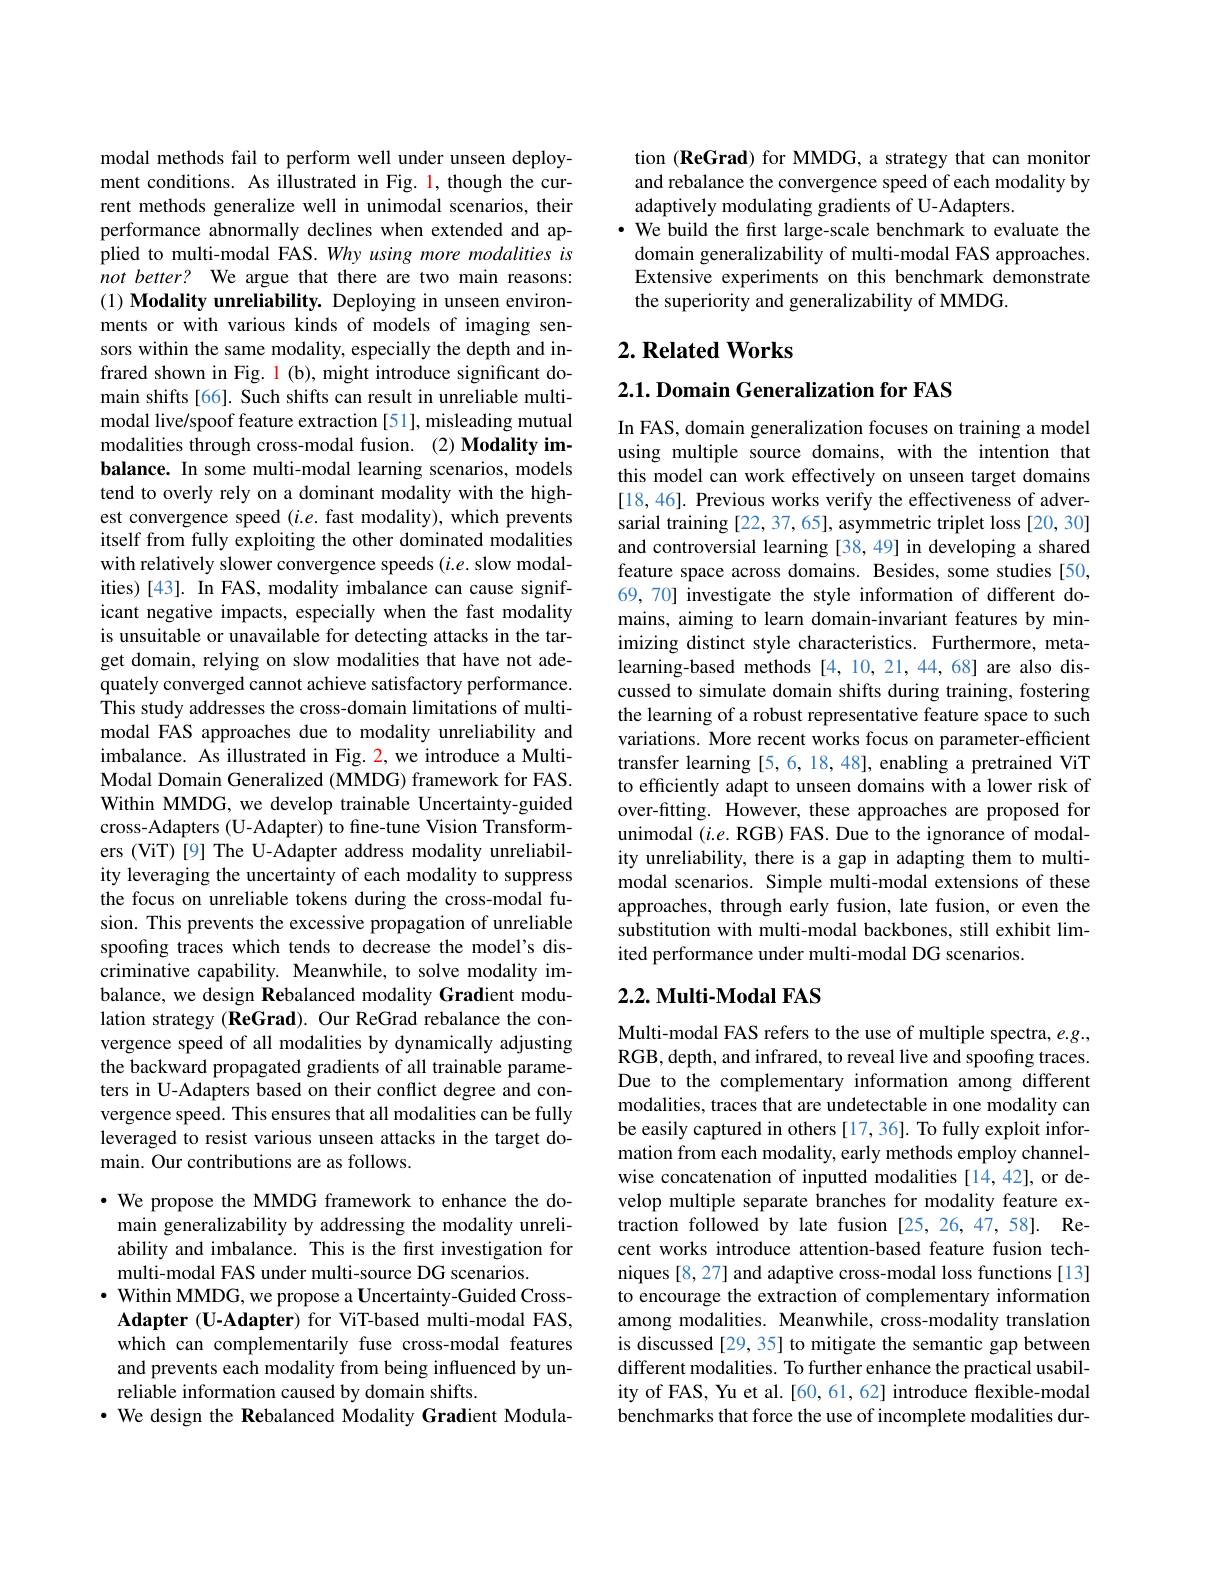
modal methods fail to perform well under unseen deployment conditions. As illustrated in Fig. 1, though the current methods generalize well in unimodal scenarios, their performance abnormally declines when extended and applied to multi-modal FAS. Why using more modalities is $notbetter?$ We argue that there are two main reasons: (1) Modality unreliability. Deploying in unseen environments or with various kinds of models of imaging sensors within the same modality, especially the depth and infrared shown in Fig. l (b), might introduce significant domain shifts[66]. Such shifts can result in unreliable multimodal live/spoof feature extraction [51], misleading mutual modalities through cross-modal fusion. (2) Modality imbalance. In some multi-modal learning scenarios, models tend to overly rely on a dominant modality with the highest convergence speed $(i.e.$ fast modality), which prevents itself from fully exploiting the other dominated modalities with relatively slower convergence speeds $(i.e.$ slow modalities)[43]. In FAS, modality imbalance can cause significant negative impacts, especially when the fast modality is unsuitable or unavailable for detecting attacks in the target domain, relying on slow modalities that have not adequately converged cannot achieve satisfactory performance. This study addresses the cross-domain limitations of multimodal FAS approaches due to modality unreliability and imbalance. As illustrated in Fig. 2, we introduce a MultiModal Domain Generalized (MMDG) framework for FAS. Within MMDG, we develop trainable Uncertainty-guided cross-Adapters (U-Adapter) to fine-tune Vision Transformers (ViT) [9] The U-Adapter address modality unreliability leveraging the uncertainty of each modality to suppress the focus on unreliable tokens during the cross-modal fusion. This prevents the excessive propagation of unreliable spoofing traces which tends to decrease the model's discriminative capability. Meanwhile, to solve modality imbalance, we design Rebalanced modality Gradient modulation strategy (ReGrad). Our ReGrad rebalance the convergence speed of all modalities by dynamically adjusting the backward propagated gradients of all trainable parameters in U-Adapters based on their conflict degree and convergence speed. This ensures that all modalities can be fully leveraged to resist various unseen attacks in the target domain. Our contributions are as follows.
$\cdot$ We propose the MMDG framework to enhance the do-

main generalizability by addressing the modality unreliability and imbalance. This is the first investigation for multi-modal FAS under multi-source DG scenarios.
$\cdot$ Within MMDG, we propose a Uncertainty-Guided Cross-
$\mathbf{Adapter~(U-Adapter)~for~ViT-based~multi-modal~FAS,}$ which can complementarily fuse cross-modal features and prevents each modality from being influenced by unreliable information caused by domain shifts.
· We design the Rebalanced Modality Gradient Modula-

tion (ReGrad) for MMDG, a strategy that can monitor and rebalance the convergence speed of each modality by adaptively modulating gradients of U-Adapters.
$\cdot$ We build the first large-scale benchmark to evaluate the
domain generalizability of multi-modal FAS approaches. Extensive experiments on this benchmark demonstrate the superiority and generalizability of MMDG.

## $2. \textbf{Related Works}$

$2. 1. \textbf{ Domain Generalization for FAS}$

In FAS, domain generalization focuses on training a model using multiple source domains, with the intention that this model can work effectively on unseen target domains [18,46]. Previous works verify the effectiveness of adversarial training [22, 37, 65], asymmetric triplet loss [20, 30] and controversial learning [38,49] in developing a shared feature space across domains. Besides, some studies [50, 69,70] investigate the style information of different domains, aiming to learn domain-invariant features by minimizing distinct style characteristics. Furthermore, metalearning-based methods [4,10,21,44,68] are also discussed to simulate domain shifts during training, fostering the learning of a robust representative feature space to such variations. More recent works focus on parameter-efficient transfer learning [5,6,18,48], enabling a pretrained ViT to efficiently adapt to unseen domains with a lower risk of over-fitting. However, these approaches are proposed for unimodal $(i.e.$ RGB) FAS. Due to the ignorance of modality unreliability, there is a gap in adapting them to multimodal scenarios. Simple multi-modal extensions of these approaches, through early fusion, late fusion, or even the substitution with multi-modal backbones, still exhibit limited performance under multi-modal DG scenarios.

### $2. 2. \textbf{Multi- Modal FAS}$

Multi-modal FAS refers to the use of multiple spectra, e.g., RGB, depth, and infrared, to reveal live and spoofing traces. Due to the complementary information among different modalities, traces that are undetectable in one modality can be easily captured in others [17, 36]. To fully exploit information from each modality, early methods employ channelwise concatenation of inputted modalities [14,42], or develop multiple separate branches for modality feature extraction followed by late fusion [25,26,47,58]. Recent works introduce attention-based feature fusion techniques [8,27] and adaptive cross-modal loss functions [13] to encourage the extraction of complementary information among modalities. Meanwhile, cross-modality translation is discussed [29, 35] to mitigate the semantic gap between different modalities. To further enhance the practical usability of FAS, Yu et al. [60, 61, 62] introduce flexible-modal benchmarks that force the use of incomplete modalities dur-